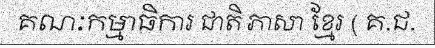
គណៈកម្មាធិការ ជាតិ ភាសា ខ្មែរ ( គ.ជ.